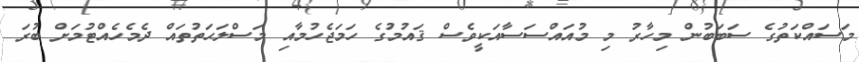
މަސައްކަތުގެ ސަބަބުން މިހާރު މި މުއައްސަސާއަކީވެސް ޤައުމުގެ ހަމަޖެހުމާއި މަސްލަޙަތުތައް ދެމެހެއްޓުމަށް ބުރަ